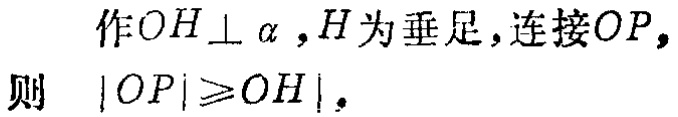
作\(OH\perp \alpha\)，\(H\)为垂足，连接\(OP\)，
则 \(|OP|\geqslant|OH|\)。